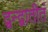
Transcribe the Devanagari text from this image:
द्वन्द्वातीतं